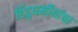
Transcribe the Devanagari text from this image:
हिंदुधर्मीयांचा